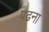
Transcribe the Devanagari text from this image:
प़ढना